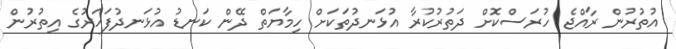
އުތުރުން ރާއްޖެ ހުރަސްކޮށް ދަތުރުކުރާ އުޅަނދުތަކަށް ހިމާޔަތް ދޭން ކަނޑު އުޅަނދުފަހަރުގެ އިތުރުން